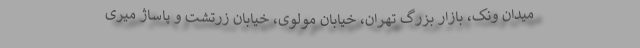
میدان ونک، بازار بزرگ تهران، خیابان مولوی، خیابان زرتشت و پاساژ میری